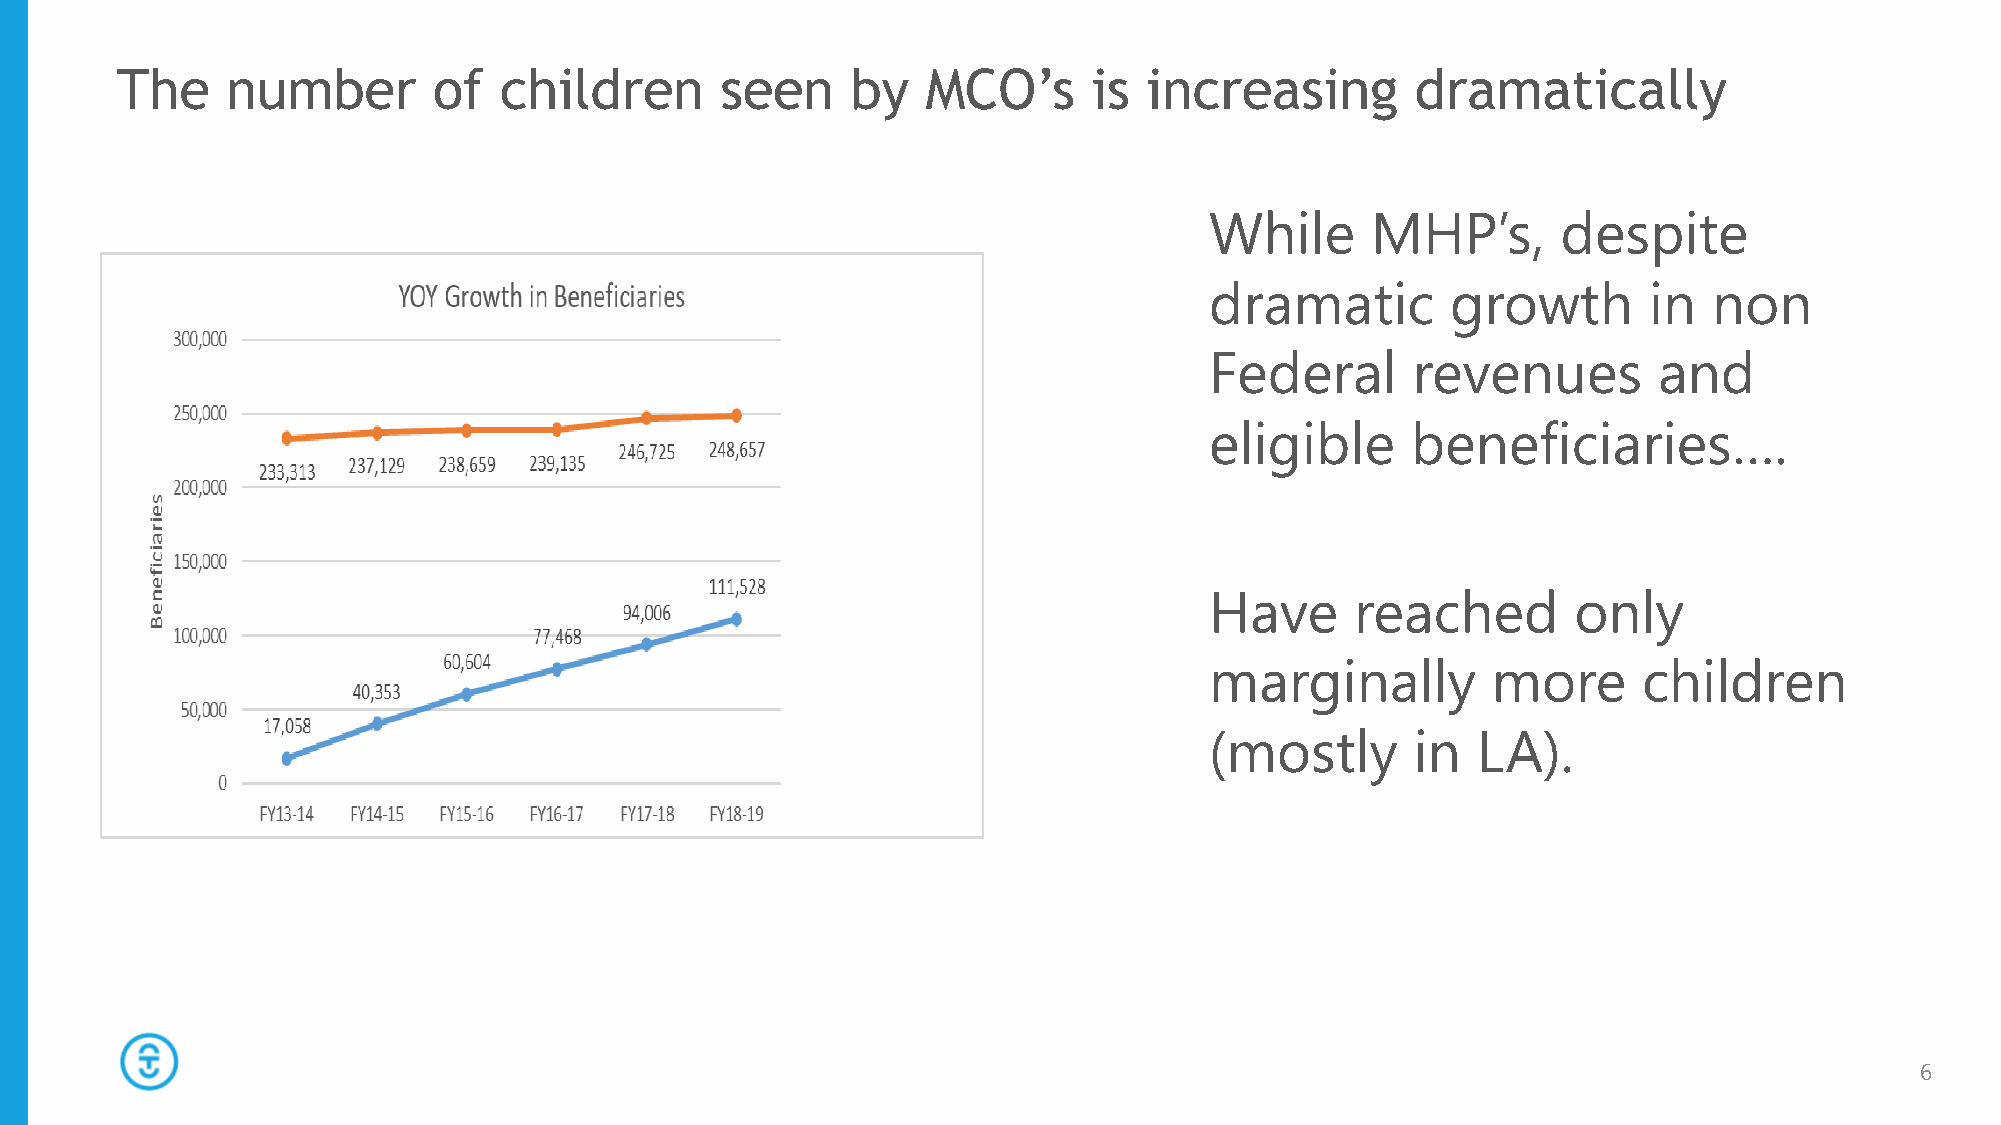
The    number        of  children       seen    by   MCO’s      is  increasing        dramatically
 While      MHP’s,      despite
 dramatic        growth       in  non
 Federal      revenues         and
 eligible     beneficiaries….
 Have      reached       only
 marginally         more      children
 (mostly       in  LA).
 6